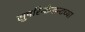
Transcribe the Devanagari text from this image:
सुपरिन्टेन्डन्टच्या